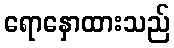
ရောနှောထားသည်